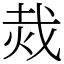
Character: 烖